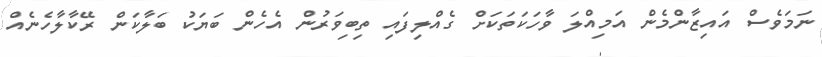
ނަމަވެސް އައިޒާންމެން އަމިއްލަ ވާހަކަތަކަށް ގެއްލިފައި ތިބިވަރުން އެހެން ބަޔަކު ބަލާކަން ރޭކާލާހެނެއް